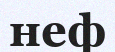
неф